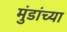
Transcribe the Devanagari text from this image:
मुंडांच्या